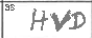
Transcription: HVD